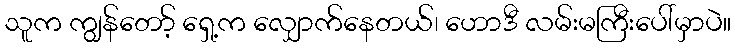
သူက ကျွန်တော့် ရှေ့က လျှောက်နေတယ်၊ ဟောဒီ လမ်းမကြီးပေါ်မှာပဲ။